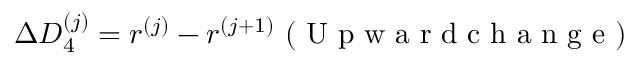
\Delta D _ { 4 } ^ { ( j ) } = r ^ { ( j ) } - r ^ { ( j + 1 ) } \mathrm { ~ ( ~ U ~ p ~ w ~ a ~ r ~ d ~ c ~ h ~ a ~ n ~ g ~ e ~ ) ~ }